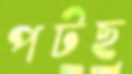
পটছ